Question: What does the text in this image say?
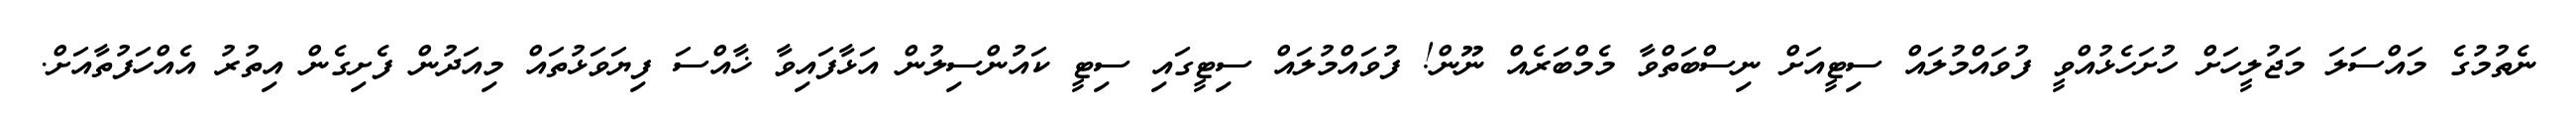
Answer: ނެތުމުގެ މައްސަލަ މަޖުލީހަށް ހުށަހެޅުއްވީ ފުވައްމުލައް ސިޓީއަށް ނިސްބަތްވާ މެމްބަރެއް ނޫން! ފުވައްމުލައް ސިޓީގައި ސިޓީ ކައުންސިލުން އަޅާފައިވާ ޚާއްސަ ފިޔަވަޅުތައް މިއަދުން ފެށިގެން އިތުރު އެއްހަފުތާއަށް.